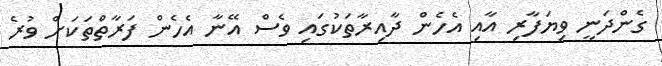
ގެންދަނީ ވިޔަފާރި އާއި އެހެން ދާއިރާތަކުގައި ވެސް އޭނާ އެހެން ފަރާތްތަކަށް ވުރެ